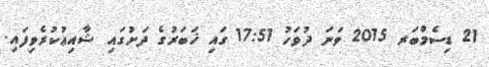
21 ޑިސެމްބަރ 2015 ވަނަ ދުވަހު 17:51 ގައި ޚަބަރުގެ ދަށުގައި ޝާއިޢުކުރެވިފައި.